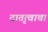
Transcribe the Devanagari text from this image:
दातृत्वाचा